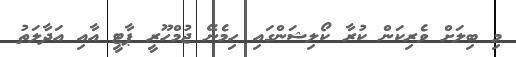
މި ބިލަށް ވެރިކަން ކުރާ ކޯލިޝަންގައި ހިމެނޭ ޖުމްހޫރީ ޕާޓީ އާއި އަދާލަތު